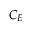
C _ { E }